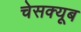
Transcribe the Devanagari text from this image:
चेसक्यूब